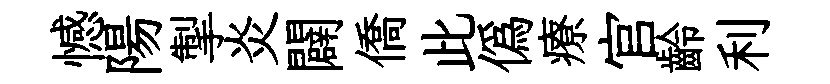
憾陽掣炎闢僑此偽療官齡利